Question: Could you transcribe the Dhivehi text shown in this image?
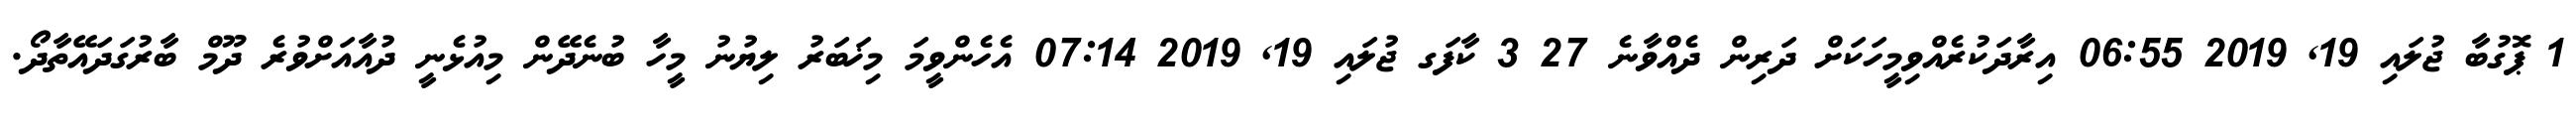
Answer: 1 ޕޮގުބާ ޖުލައި 19, 2019 06:55 އިރާދަކުރެއްވިމީހަކަށް ދަރިން ދެއްވާނެ 27 3 ކާފަގ ޖުލައި 19, 2019 07:14 އެހެންވީމަ މިޚަބަރު ލިޔުނު މީހާ ބުނެދޭން މިއުޅެނީ ދުއާއަށްވުރެ ދޫމް ބާރުގަދައޭތާދޯ.